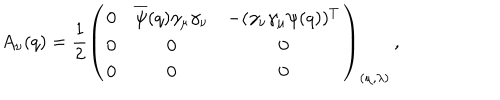
LaTeX: A _ { \nu } ( q ) = \frac { 1 } { 2 } \left( \begin{array} { c c c } { { 0 } } & { { \overline { { \psi } } ( q ) \gamma _ { \mu } \gamma _ { \nu } } } & { { - ( \gamma _ { \nu } \gamma _ { \mu } \psi ( q ) ) ^ { T } } } \\ { { 0 } } & { { 0 } } & { { 0 } } \\ { { 0 } } & { { 0 } } & { { 0 } } \\ \end{array} \right) _ { ( \mu , \lambda ) } \, ,